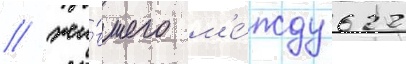
/ жи́вшего м'е́жду 622